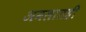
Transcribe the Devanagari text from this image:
अमलातही